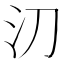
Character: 𣱼